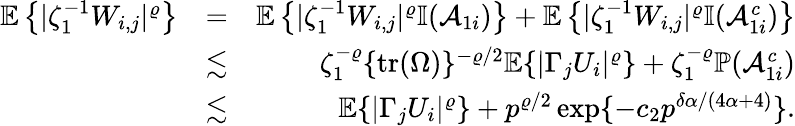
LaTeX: \begin{array}{rlr}{{\mathbb{E}}\left\{ |\zeta_{1}^{-1}W_{i,j}|^{\varrho}\right\} }&{=}&{{\mathbb{E}}\left\{ |\zeta_{1}^{-1}W_{i,j}|^{\varrho}{\mathbb{I}}(\mathcal{A}_{1i})\right\} +{\mathbb{E}}\left\{ |\zeta_{1}^{-1}W_{i,j}|^{\varrho}{\mathbb{I}}(\mathcal{A}_{1i}^{c})\right\} }\\ &{\lesssim}&{\zeta_{1}^{-\varrho}\{ \mathrm{tr}(\Omega)\} ^{-\varrho/2}{\mathbb{E}}\{ |\Gamma_{j}U_{i}|^{\varrho}\} +\zeta_{1}^{-\varrho}{\mathbb{P}}(\mathcal{A}_{1i}^{c})}\\ &{\lesssim}&{{\mathbb{E}}\{ |\Gamma_{j}U_{i}|^{\varrho}\} +p^{\varrho/2}\exp\{ -c_{2}p^{\delta\alpha/(4\alpha+4)}\} .}\end{array}